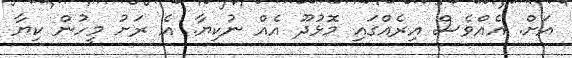
އަށް. އެއްވެސް އިރެއްގައި މޮޅުދޫ އެއް ނުކިޔާ. އެ ރަށު މީހުން ކިޔާ